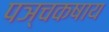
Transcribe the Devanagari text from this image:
पञ्चकषाय